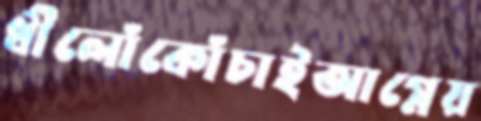
ধীলোঁকোঁচাইআগ্নেয়